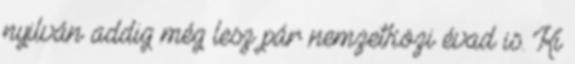
nyilván addig még lesz pár nemzetközi évad is. Ki